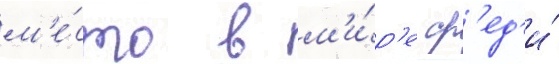
м'е́сто в м'и́р'е ср'ед'и́